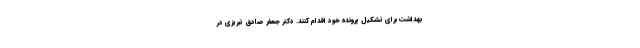
بهداشت برای تشکیل پرونده خود اقدام کنند. دکتر جعفر صادق تبریزی در